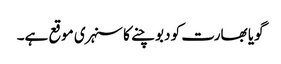
گویا بھارت کو دبوچنے کا سنہری موقع ہے۔